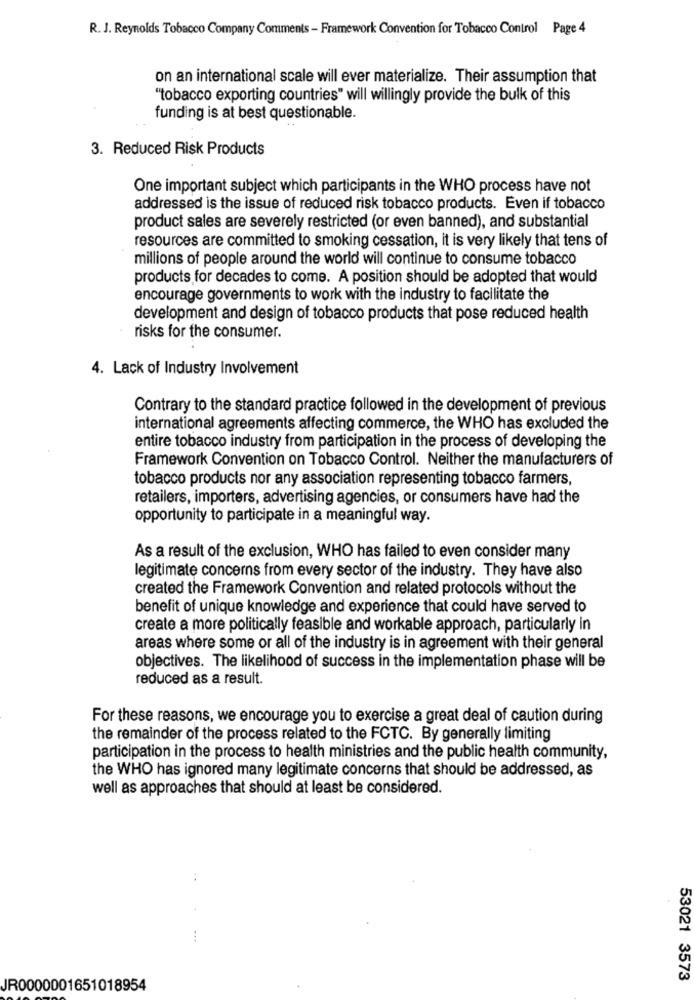
R. J. Reynolds Tobacco Company Comments - Framework Convention for Tobacco Control Page 4
on an international scale will ever materialize. Their assumption that
"tobacco exporting countries" will willingly provide the bulk of this
funding is at best questionable.
3. Reduced Risk Products
One important subject which participants in the WHO process have not
addressed is the issue of reduced risk tobacco products. Even if tobacco
product sales are severely restricted (or even banned), and substantial
resources are committed to smoking cessation, it is very likely that tens of
millions of people around the world will continue to consume tobacco
products for decades to come. A position should be adopted that would
encourage governments to work with the industry to facilitate the
development and design of tobacco products that pose reduced health
risks for the consumer.
4. Lack of Industry Involvement
Contrary to the standard practice followed in the development of previous
international agreements affecting commerce, the WHO has excluded the
entire tobacco industry from participation in the process of developing the
Framework Convention on Tobacco Control. Neither the manufacturers of
tobacco products nor any association representing tobacco farmers,
retailers, importers, advertising agencies, or consumers have had the
opportunity to participate in a meaningful way.
As a result of the exclusion, WHO has failed to even consider many
legitimate concerns from every sector of the industry. They have also
created the Framework Convention and related protocols without the
benefit of unique knowledge and experience that could have served to
create a more politically feasible and workable approach, particularly in
areas where some or all of the industry is in agreement with their general
objectives. The likelihood of success in the implementation phase will be
reduced as a result.
For these reasons, we encourage you to exercise a great deal of caution during
the remainder of the process related to the FCTC. By generally limiting
participation in the process to health ministries and the public health community,
the WHO has ignored many legitimate concerns that should be addressed, as
well as approaches that should at least be considered.
53021 3573
JR0000001651018954